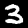
Label: 3